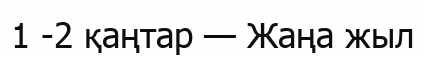
1 -2 қаңтар — Жаңа жыл